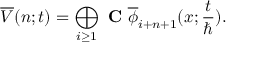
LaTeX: \overline { { { V } } } ( n ; t ) = \bigoplus _ { i \geq 1 } \mathrm { ~ \bf { C } ~ } \overline { { { \phi } } } _ { i + n + 1 } ( x ; \frac { t } { \hbar } ) .